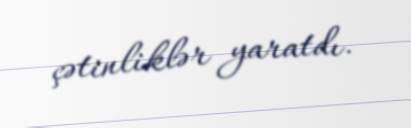
çətinliklər yaratdı.